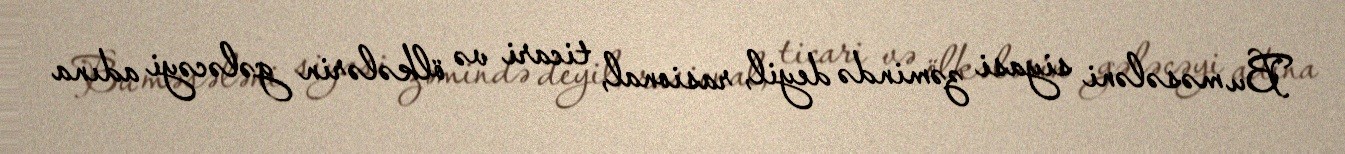
Bu məsələni siyasi zəmində deyil, rasional, ticari və ölkələrin gələcəyi adına